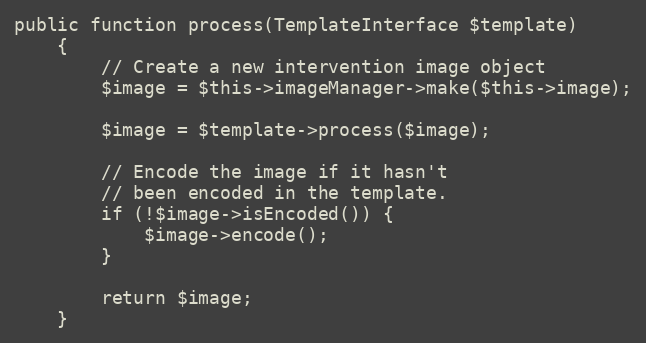
Language: PHP
public function process(TemplateInterface $template)
    {
        // Create a new intervention image object
        $image = $this->imageManager->make($this->image);

        $image = $template->process($image);

        // Encode the image if it hasn't
        // been encoded in the template.
        if (!$image->isEncoded()) {
            $image->encode();
        }

        return $image;
    }